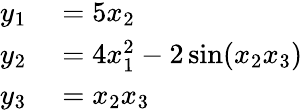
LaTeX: \begin{array}{rl}{y_{1}}&{{}=5x_{2}}\\ {y_{2}}&{{}=4x_{1}^{2}-2\sin(x_{2}x_{3})}\\ {y_{3}}&{{}=x_{2}x_{3}}\end{array}